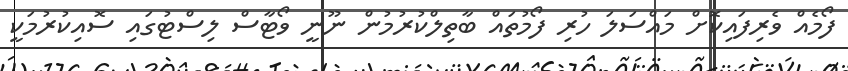
ފޯމެއް ވެރިފައިކޮށް މައްސަލަ ހުރި ފޯމުތައް ބާތިލްކުރުމުން ނޫނީ ވޯޓާސް ލިސްޓުގައި ސޮއިކުރުމަކީ